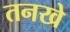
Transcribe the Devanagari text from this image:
तनखे